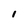
Character: I